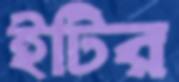
ইটির